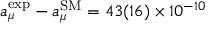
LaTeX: a _ { \mu } ^ { \mathrm { e x p } } - a _ { \mu } ^ { \mathrm { S M } } = 4 3 ( 1 6 ) \times 1 0 ^ { - 1 0 }